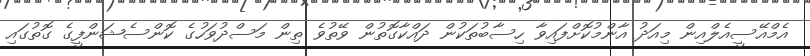
އެމްއޭސީއެލްއިން މިއަދު އާންމުކޮށްފައިވާ ހިސާބުތަކުން ދައްކާގޮތުން ވޭތުވެ ތިން މަސްދުވަހުގެ ކޮންސެޝަންފީގެ ގޮތުގައި